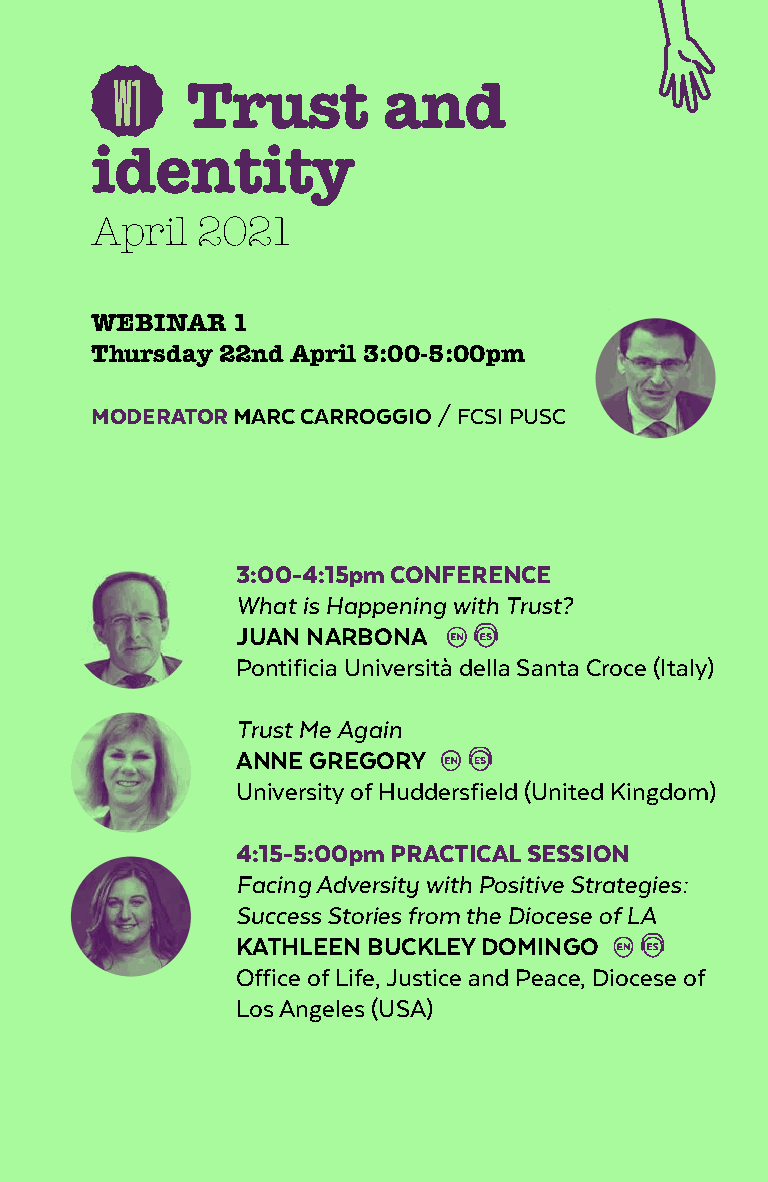
W1
 trust        and
 identity
 April  2021
 Webinar  1
 thursday 22nd april 3:00-5:00pm
 MoDerATor marc carroGGio / FCSI PUSC
 3:00-4:15pm ConferenCe
 What is Happening with Trust?
 Juan narbona
 Pontificia Università della Santa Croce (Italy)
 Trust Me Again
 anne GreGory
 University of Huddersfield (United Kingdom)
 4:15-5:00pm PrACTICAL SeSSIon
 Facing Adversity with Positive Strategies:
 Success Stories from the Diocese of LA
 Kathleen bucKley DominGo
 Office of Life, Justice and Peace, Diocese of
 Los Angeles (USA)